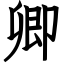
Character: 卿